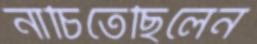
নাচিতেছিলেন